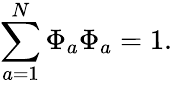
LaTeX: \sum_{{a}=1}^{N}\Phi_{a}\Phi_{a}=1.